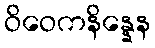
ဝိဝေကနိန္နေန